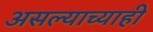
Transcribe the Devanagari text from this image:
असल्याच्याही